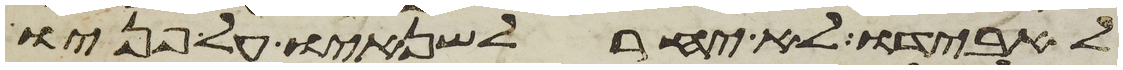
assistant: להאבידו לא יאחר לשנאיו על פניו